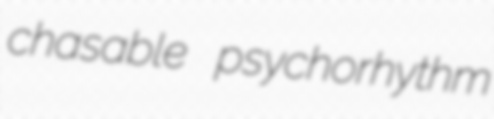
chasable psychorhythm